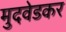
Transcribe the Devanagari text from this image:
मुदवेडकर